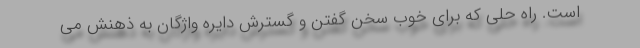
است. راه حلی که برای خوب سخن گفتن و گسترش دایره واژگان به ذهنش می